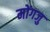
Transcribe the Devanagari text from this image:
मोंगजु